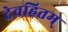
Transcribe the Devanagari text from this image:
देवहितम्